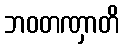
ဘဝတဏှာတိ